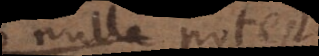
nulla potest